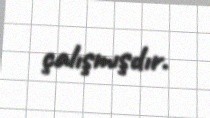
çalışmışdır.